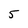
Character: 5